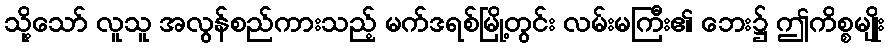
သို့သော် လူသူ အလွန်စည်ကားသည့် မက်ဒရစ်မြို့တွင်း လမ်းမကြီး၏ ဘေး၌ ဤကိစ္စမျိုး